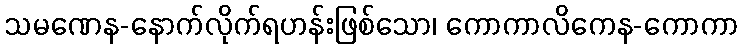
သမဏေန-နောက်လိုက်ရဟန်းဖြစ်သော၊ ကောကာလိကေန-ကောကာ